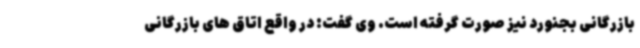
بازرگانی بجنورد نیز صورت گرفته است. وی گفت: در واقع اتاق های بازرگانی